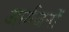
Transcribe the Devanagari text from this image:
आर्यजनों